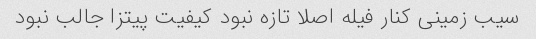
سیب زمینی کنار فیله اصلا تازه نبود کیفیت پیتزا جالب نبود